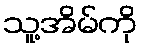
သူ့အိမ်ကို